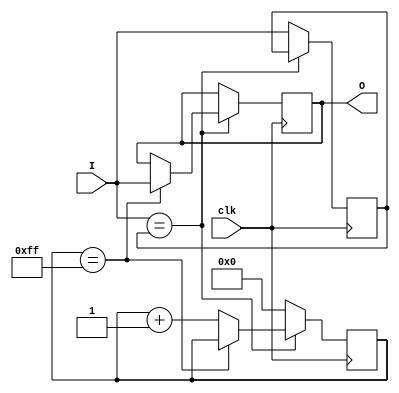
`timescale 1ns / 1ps
//////////////////////////////////////////////////////////////////////////////////
// Company: 
// Engineer: 
// 
// Design Name: 
// Module Name: debouncer
// Project Name: 
// Target Devices: 
// Tool Versions: 
// Description: 
// 
// Dependencies: 
// 
// Revision:
// Revision 0.01 - File Created
// Additional Comments:
// 
//////////////////////////////////////////////////////////////////////////////////



module debouncer(
    input clk,
    input I,
    output reg O
    );
    parameter COUNT_MAX=255, COUNT_WIDTH=8;
    reg [COUNT_WIDTH-1:0] count;
    reg Iv=0;
    always@(posedge clk)
        if (I == Iv) begin
            if (count == COUNT_MAX)
                O <= I;
            else
                count <= count + 1'b1;
        end else begin
            count <= 'b0;
            Iv <= I;
        end
    
endmodule